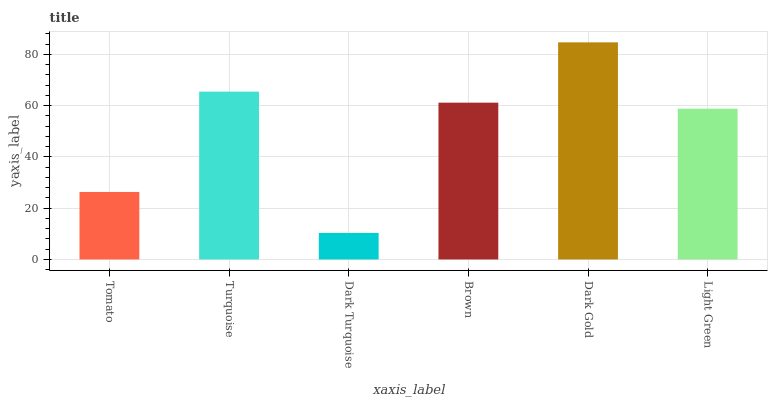
| xaxis_label | bars |
 | --- | --- |
 | Tomato | 26.3 |
 | Turquoise | 65.5 |
 | Dark Turquoise | 10.3 |
 | Brown | 61.2 |
 | Dark Gold | 84.7 |
 | Light Green | 58.8 |